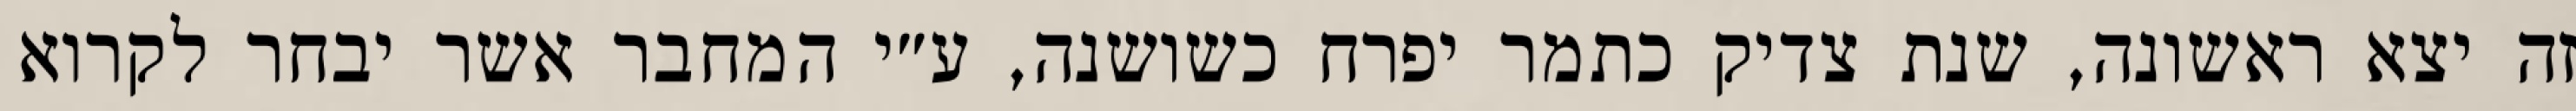
זה יצא ראשונה, שנת צדיק כתמר יפרח כשושנה, ע״י המחבר אשר יבחר לקרוא